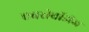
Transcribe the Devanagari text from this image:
एवरीबॉडीज